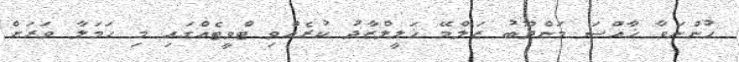
ހުންނަވާ ޚާއްސަ މަންދޫބު ޒަލްމޭ ޚަލީލްޒާދު ކުރެއްވި ޓްވީޓެއްގައި މި ހަމަލާ ވަރަށް